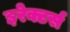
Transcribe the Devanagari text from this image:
इरेक्टर्स